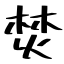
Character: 焚